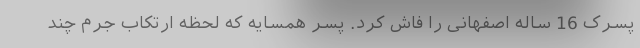
پسرک 16 ساله اصفهانی را فاش کرد. پسر همسایه که لحظه ارتکاب جرم چند